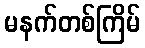
မနက်တစ်ကြိမ်